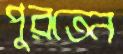
পুরতেন